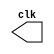
// ------------------------- 
// Clock
// Nome: Ailton Gomes 
// -------------------------
// ---------------------------
// -- test clock generator (1)
// ---------------------------
module clock ( clk );
output clk;
reg clk;
initial
begin
clk = 1'b0;
end
always
begin
#12 clk = ~clk;
end
endmodule // clock ( )